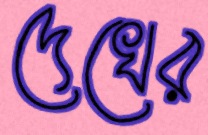
দেখের